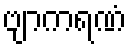
ဗျာကရဏံ